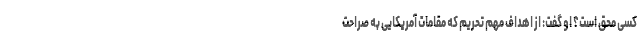
کسی محق است؟ او گفت: از اهداف مهم تحریم که مقامات آمریکایی به صراحت